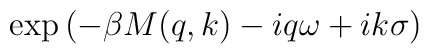
\exp\left(-\beta M(q,k)-iq\omega + ik \sigma\right)